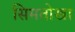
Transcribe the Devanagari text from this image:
सिमतोखा